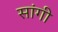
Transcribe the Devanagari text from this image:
सांगी